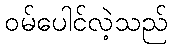
ဝမ်ပေါင်လဲ့သည်